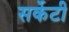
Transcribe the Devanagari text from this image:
सर्केटी